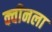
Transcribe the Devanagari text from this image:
क्वीनला